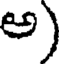
అ)